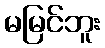
မမြင်ဘူး